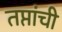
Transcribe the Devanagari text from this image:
तप्तांची